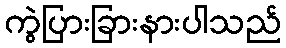
ကွဲပြားခြားနားပါသည်